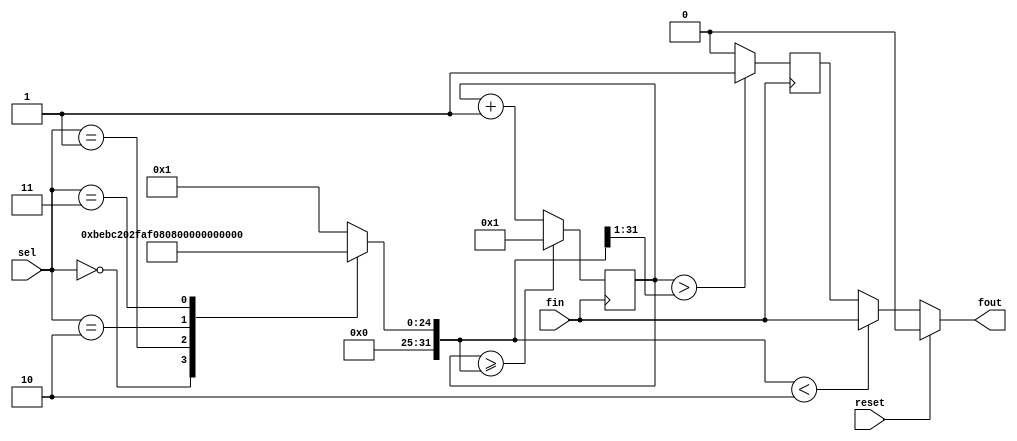
module fDIV( fin, sel, reset, fout);
input fin,reset;                                   
input[3:0] sel;
output fout;
reg fout0;
wire _fout;
wire[31:0] _Divn, ncount;
reg [31:0] Divn;
reg[31:0] count;


always @ (sel)                                       //sel
	case(sel)
	4'd0 : Divn <= 32'd25000000;
	4'd1 : Divn <= 32'd12500000;
	4'd2 : Divn <= 32'd6250000;
	4'd3 : Divn <= 32'd3125000;
	default : Divn <= 32'd1;
	endcase

/*	
always @ (sel)
	case(sel)
	4'd0 : Divn <= 32'd2;
	4'd1 : Divn <= 32'd4;
	4'd2 : Divn <= 32'd6;
	4'd3 : Divn <= 32'd8;
	default : Divn <= 32'd1;
	endcase
*/
	
assign _Divn={1'b0,Divn[31:1]};                        //

always@(posedge fin)                                   
begin
count <= ncount;                                       //
fout0 <= _fout;                                        //
end

assign ncount=(count>=Divn)?32'd1:count+1;             //
assign _fout=(count>_Divn)?1'b1:1'b0;                  //10
assign fout=(reset==1'b1)?1'b0:(Divn<8'd2)?fin:fout0;  //

endmodule